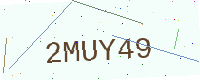
Text: 2MUY49